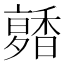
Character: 𩡑